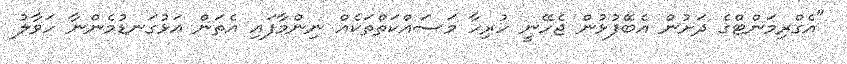
"އެގްރިމަންޓްގެ ދަށުން އެބޭފުޅުން ޖެހޭނީ ހުރިހާ މަސައްކަތްތަކެއް ނިންމާފައި އެތަން އަޅުގަނޑުމެންނާ ހަވާލު